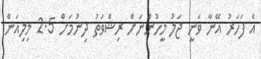
އެ ފަހަރު އޭނާ ވަނީ ޖަލު މީހުންނަށް ރިޝްވަތު ދިނުމަށް 2.5 މިލިއަން